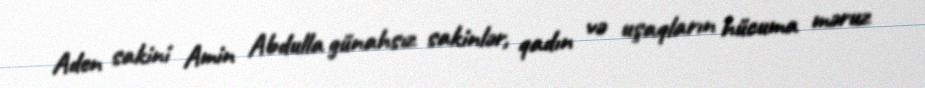
Aden sakini Amin Abdulla günahsız sakinlər, qadın və uşaqların hücuma məruz